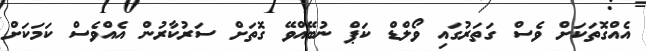
އެއްގޮތަކަށް ވެސް ގަތަރުގައި ވޯލްޑް ކަޕް ނުބޭއްވޭ ގޮތަށް ސަރުކާރުން އެއްވެސް ކަމަކަށް